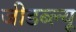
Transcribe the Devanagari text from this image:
जीडब्ल्यू